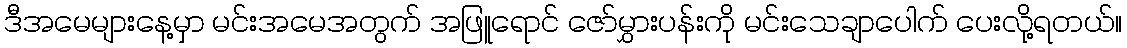
ဒီအမေများနေ့မှာ မင်းအမေအတွက် အဖြူရောင် ဇော်မွှားပန်းကို မင်းသေချာပေါက် ပေးလို့ရတယ်။